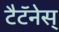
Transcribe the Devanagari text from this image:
टैटॅनेस्